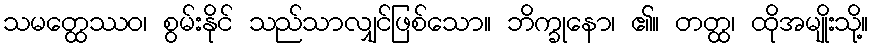
သမတ္ထေဿဝ၊ စွမ်းနိုင် သည်သာလျှင်ဖြစ်သော။ ဘိက္ခုနော၊ ၏။ တတ္ထ၊ ထိုအမျိုးသို့။